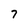
Character: 7